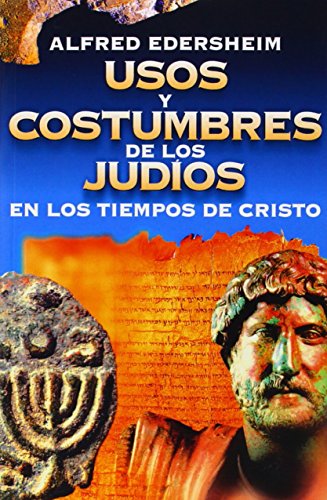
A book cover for Usos y costumbres de los JudÃ­os en los tiempos de Cristo (Spanish Edition); Alfred Edersheim; History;